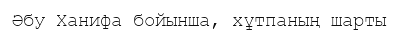
Әбу Ханифа бойынша, хұтпаның шарты